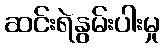
ဆင်းရဲနွမ်းပါးမှု